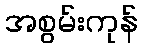
အစွမ်းကုန်